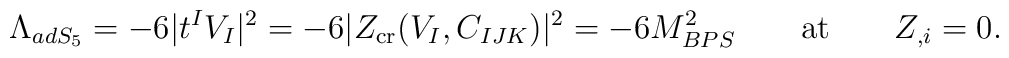
\Lambda_{adS_5}=- 6 | t^I  V_I |^2= -6  |Z_{\rm cr}  (V_I,C_{IJK})|^2 = - 6 M^2_{BPS} \qquad  {\rm at} \qquad Z_{,i}=0.